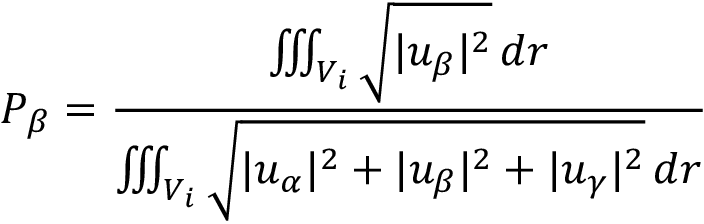
P _ { \beta } = \frac { \iiint _ { V _ { i } } \sqrt { | u _ { \beta } | ^ { 2 } } \, d r } { \iiint _ { V _ { i } } \sqrt { | u _ { \alpha } | ^ { 2 } + | u _ { \beta } | ^ { 2 } + | u _ { \gamma } | ^ { 2 } } \, d r }